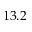
1 3 . 2